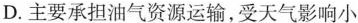
D.主要承担油气资源运输，受天气影响小